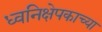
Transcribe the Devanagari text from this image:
ध्वनिक्षेपकाच्या